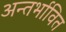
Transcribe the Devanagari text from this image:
अन्तर्भावित